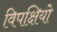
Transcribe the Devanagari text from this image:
विपक्षियो